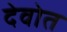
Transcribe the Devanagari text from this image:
देवोत